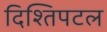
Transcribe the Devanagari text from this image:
दिश्तिपटल